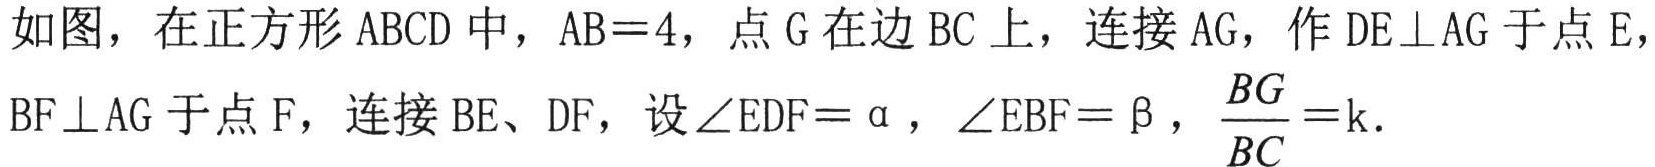
如图，在正方形 \(ABCD\) 中，\(AB = 4\)，点 \(G\) 在边 \(BC\) 上，连接 \(AG\)，作 \(DE\perp AG\) 于点 \(E\)，\(BF\perp AG\) 于点 \(F\)，连接 \(BE\)、\(DF\)，设 \(\angle EDF=\alpha\)，\(\angle EBF = \beta\)，\(\frac{BG}{BC}=k\)．